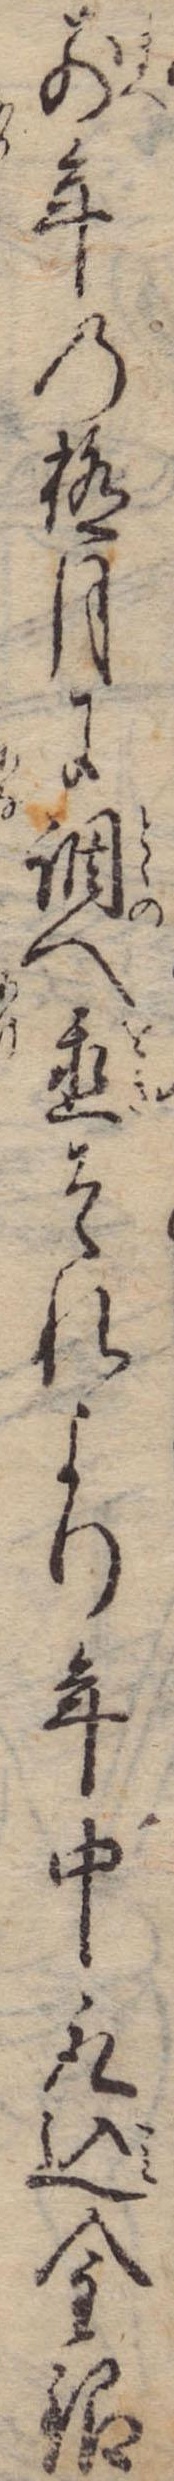
前年の極月に調へ置それより年中取込金銀